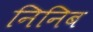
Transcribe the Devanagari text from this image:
निनिब